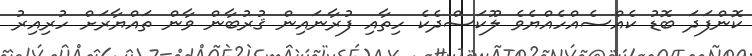
ކޮންފަދަ ބޮޑު ކެއްސެއްހެއްޔެވެ ލޫކަސްދެކެ ހިތާއި ފުރާނައިން ޤުރުބާން ވާން ތައްޔާރަށް ހުރިއިރު